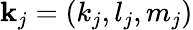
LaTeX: \textbf{k}_{j}=(k_{j},l_{j},m_{j})